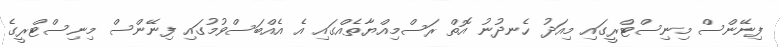
ފިނޭންސް މިނިސްޓްރީގައި މިއަދު ހެނދުނު އޮތް ރަސްމިއްޔާތެއްގައި އެ އެއްބަސްވުމުގައި ފިނޭންސް މިނިސްޓްރީގެ